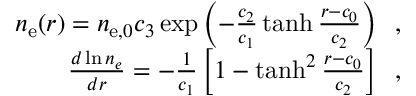
\begin{array} { r } { n _ { \mathrm { { e } } } ( r ) = n _ { \mathrm { e } , 0 } c _ { 3 } \exp \left( - \frac { c _ { 2 } } { c _ { 1 } } \operatorname { t a n h } \frac { r - c _ { 0 } } { c _ { 2 } } \right) \; \; , } \\ { \frac { d \ln n _ { e } } { d r } = - \frac { 1 } { c _ { 1 } } \left[ 1 - \operatorname { t a n h } ^ { 2 } \frac { r - c _ { 0 } } { c _ { 2 } } \right] \; \; , } \end{array}